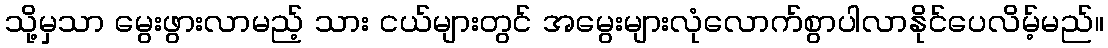
သို့မှသာ မွေးဖွားလာမည့် သား ငယ်များတွင် အမွေးများလုံလောက်စွာပါလာနိုင်ပေလိမ့်မည်။